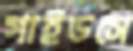
গাইডসে